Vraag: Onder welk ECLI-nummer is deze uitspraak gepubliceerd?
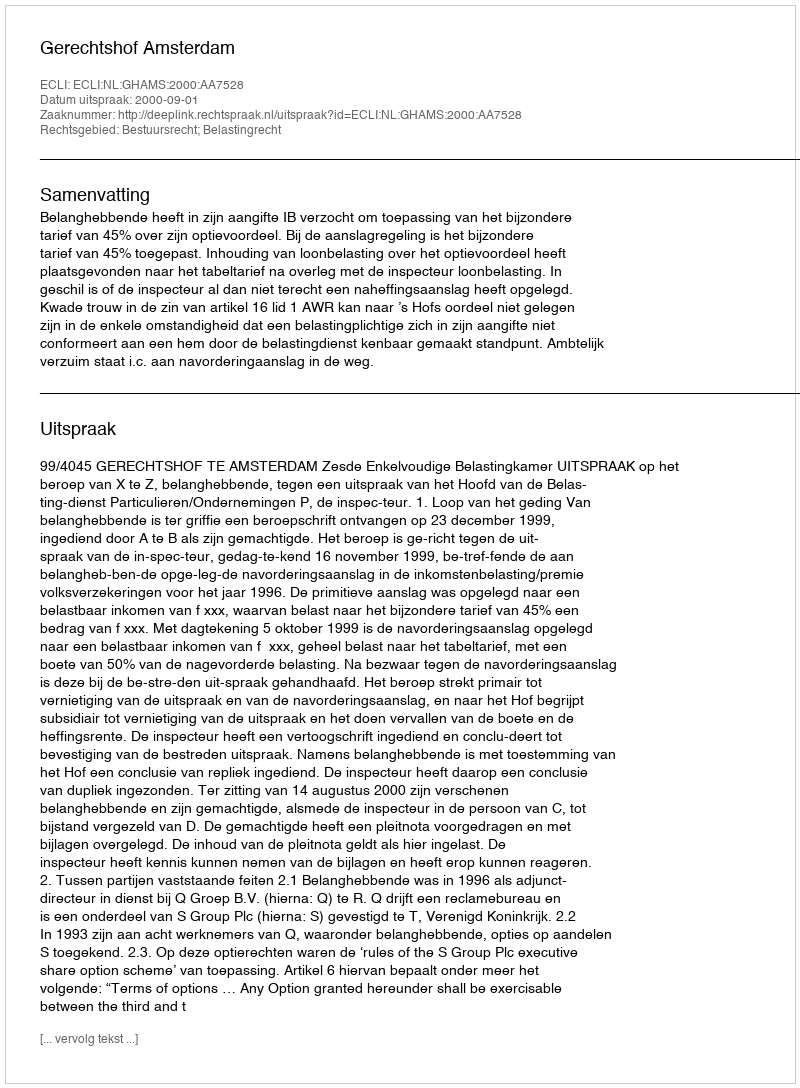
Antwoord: ECLI:NL:GHAMS:2000:AA7528